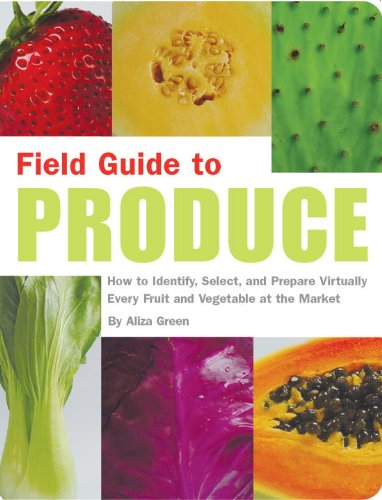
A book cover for Field Guide to Produce: How to Identify, Select, and Prepare Virtually Every Fruit and Vegetable at the Market; Aliza Green; Cookbooks, Food & Wine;